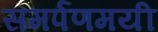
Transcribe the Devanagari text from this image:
समर्पणमयी